Notes on vaccination in the North-West Frontier Province 1923-1928 - 1923-1928
Year: 1923
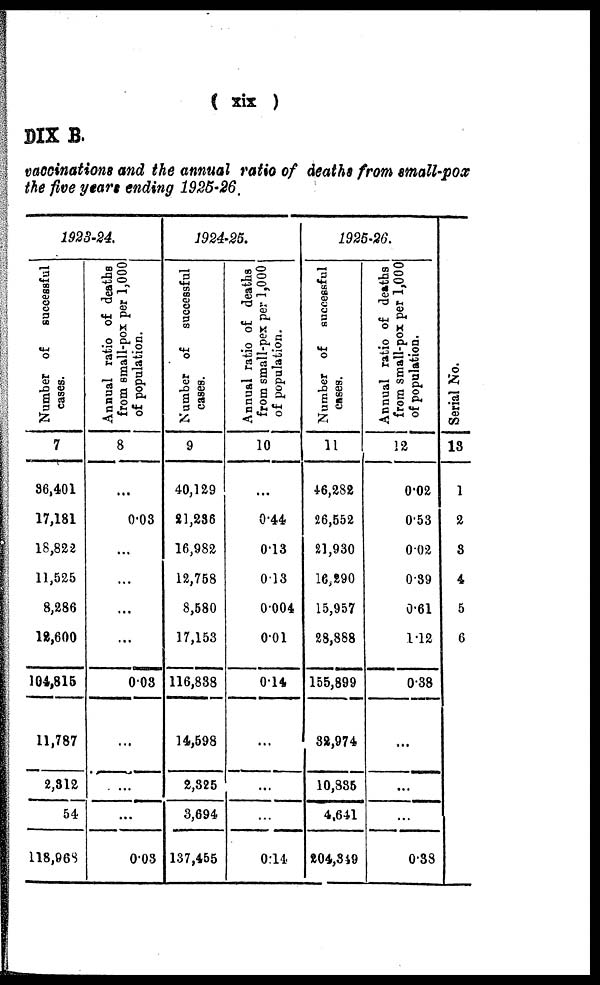
( xix )
DIX B.
vaccinations and the annual ratio of deaths from small-pox
the five years ending 1925-26.
1923-24.
Number of
successful
cases.
7
36,401
17,181
18,822
11,525
8,286
12,600
104,815
11,787
2,312
54
118,968
Annual ratio of deaths
from small-pox per 1,000
of population.
8
...
0.03
...
...
...
...
0.03
...
...
...
0.03
1924-25.
Number of
successful
cases.
9
40,129
21,236
16,982
12,758
8,580
17,153
116,838
14,598
2,325
3,694
137,455
Annual ratio of deaths
from small-pox per 1,000
of population.
10
...
0.44
0.13
0.13
0.004
0.01
0.14
...
...
...
0.14
1925-26.
Number of
successful
cases.
11
46,282
26,552
21,930
16,290
15,957
28,888
155,899
32,974
10,835
4,641
204,349
Annual ratio of deaths
from small-pox per 1,000
of population.
12
0.02
0.53
0.02
0.39
0.61
1.12
0.38
...
...
...
0.38
Serial No.
13
1
2
3
4
5
6